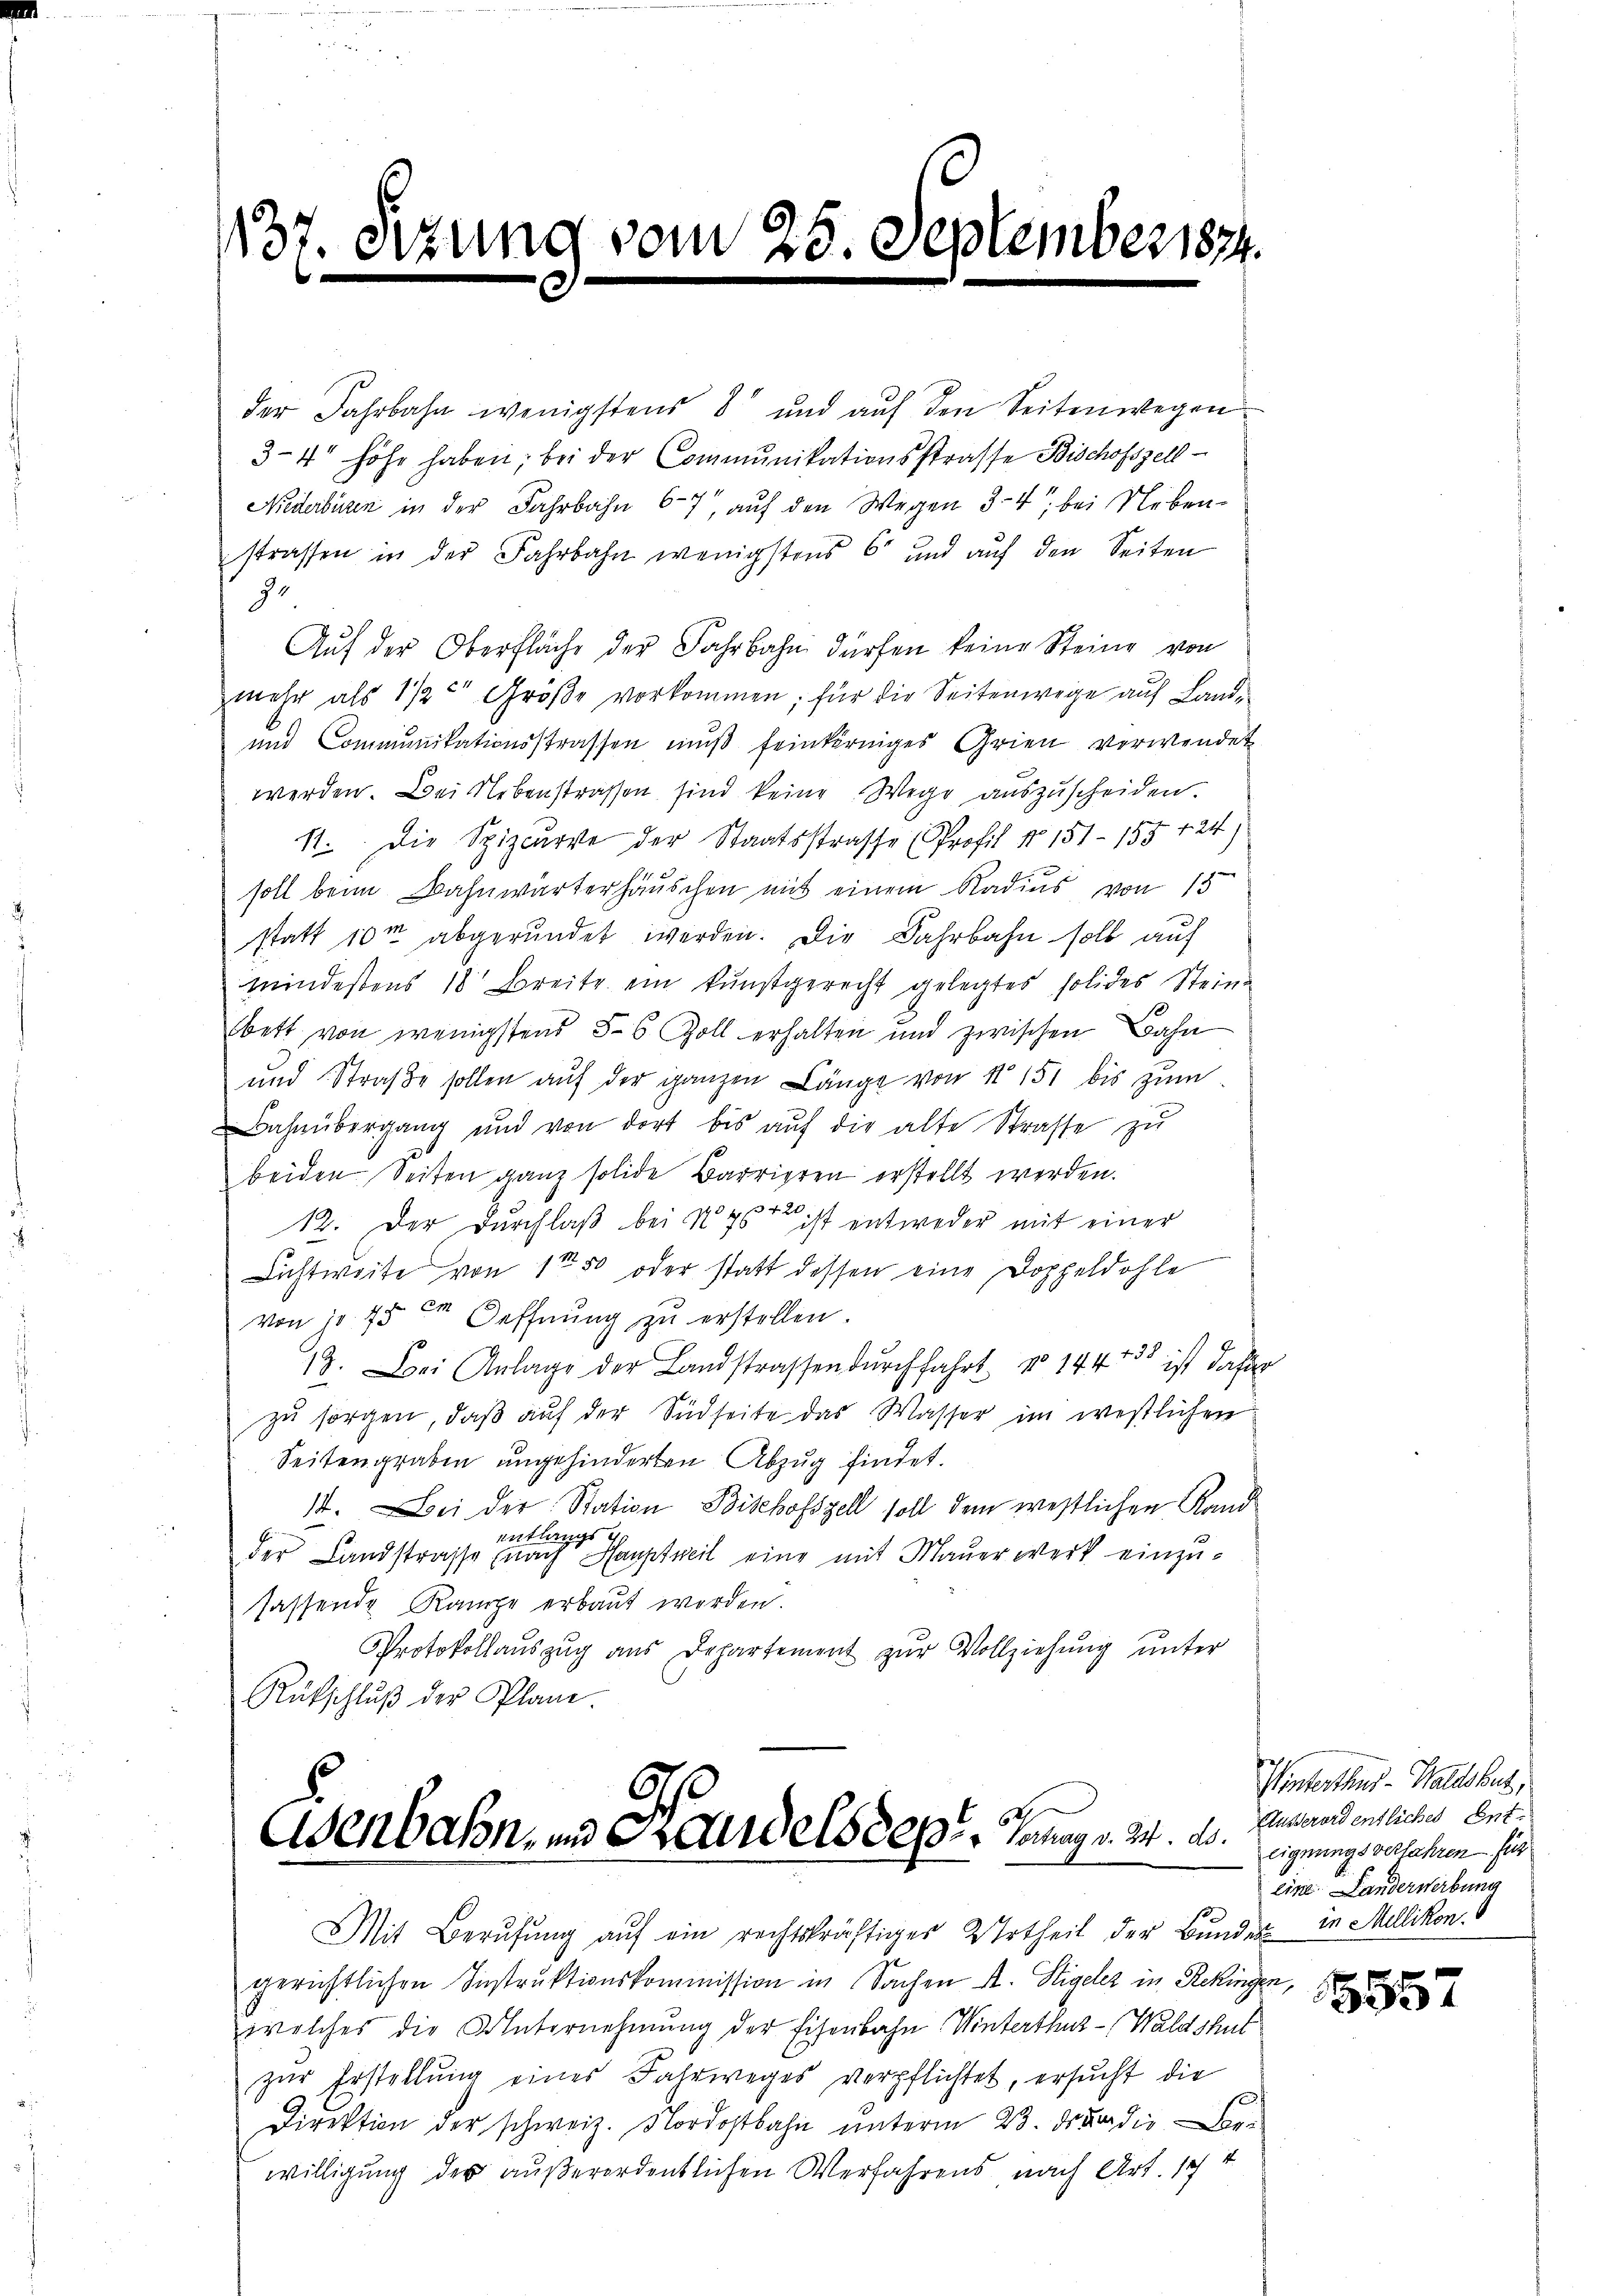
137.

zung vom 25. September 1874.

der Jahrbahn wenigstens 8 und auf den Seitenwegen
3-4' höhe haben; bei der Communikationsstrasse Bischofszell
Nederbüren in der Fahrbahn 6-7 auf den Wegen 3-4 bei Nebenstrassen in der Fahrbahn wenigstens 6 und aŭf den Seiten
g.
Aŭf der Oberfläche der Jahrbahn dürfen keine Steine von
mehr als 1 1/2. Größe vorkommen; für die Seitenwege aŭf Land¬
und Communikationsstrassen mŭβ feinkörniges Grien verwendet
werden. Bei ebenstrassen sind keine Wege auszuscheiden.
11. Die Spizcurve der Staatsstrasse (Profil No 151 - 155 124)
soll beim Bahnwärterhäuschen mit einem Radius von 15
statt 10m abgerundet werden. Die Fahrbahn soll auf
mindestens 18 Breite ein kunstgerecht gelegtes solides Steina
bett von wenigstens § 6 Zoll erhalten und zwischen Bahn
und Straβe sollen aŭf der ganzen Länge von No 151 bis zum
Bahnübergang und von dort bis aŭf die alte Strasse zu
beiden Seiten ganz solide Barrieren erstellt werden.
12. Der Durchlaß bei No 75r ist entweder mit einer
Lichtweite von 1te 50 oder statt dessen eine Doppeldohle
von je 15 Oeffnŭng zŭ erstellen.
18. Bei Anlage der Landstrassendurchfahrt. No 14415 ist daher
zu sorgen, daß auf der Südseite das Wasser im westlichen
Seitengraben ungehinderten Abzug findet.
I. Bei der Station Bischofszell soll dem westlichen Rand
entlangs
der Landstrasse nach Hauptweil eine mit Mauerwerk einzusassende Kampe erbaut worden.
Protokollauszug aus Departement zŭr Vollziehung unter
Rütschlŭβ der Plane.

Eisenbahn, und Handels Sept. Brunn 24. 20.

Mit Berŭfŭng aŭf ein rechtskräftiges Urtheil der Bŭndes in Millikon.
gerichtlichen Instruktionskommission in Sachen A. Sigeler in Rekingen,
welches die Unternehmung der Eisenbahn Winterthur-Waldshut
zŭr Erstellŭng eines Fahrweges verpflichtet, ersŭcht die
Direktion der schweiz. Nordostbahn unterm 23. ds der die
willigung der außerordentlichen Verfahrens nach Art. Ich v

Winterthur–Waldshut,
Äusserordentliches Ent-
eignungsverfahren für
eine Landerwerbung

3557